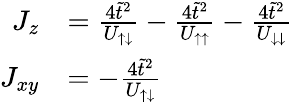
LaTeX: \begin{array}{rl}{J_{z}}&{=\frac{4\tilde{t}^{2}}{U_{\uparrow\downarrow}}-\frac{4\tilde{t}^{2}}{U_{\uparrow\uparrow}}-\frac{4\tilde{t}^{2}}{U_{\downarrow\downarrow}}}\\ {J_{xy}}&{=-\frac{4\tilde{t}^{2}}{U_{\uparrow\downarrow}}}\end{array}